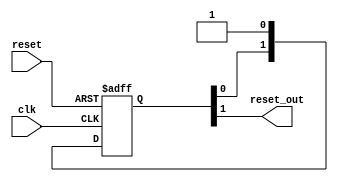
//--=================================================================================================
//-- File Name                           : axi_lbus_corefifo_resetSync.v

//-- Targeted device                     : Microsemi-SoC
//-- Author                              : India Solutions Team
//--
//-- COPYRIGHT 2019 BY MICROSEMI
//-- THE INFORMATION CONTAINED IN THIS DOCUMENT IS SUBJECT TO LICENSING RESTRICTIONS FROM MICROSEMI
//-- CORP. IF YOU ARE NOT IN POSSESSION OF WRITTEN AUTHORIZATION FROM MICROSEMI FOR USE OF THIS
//-- FILE, THEN THE FILE SHOULD BE IMMEDIATELY DESTROYED AND NO BACK-UP OF THE FILE SHOULD BE MADE.
//--
//--=================================================================================================

`timescale 1ns / 100ps

module ddr_rw_arbiter_C0_ddr_rw_arbiter_C0_0_corefifo_resetSync(
                  clk,
                  reset,
                  
                  reset_out
                  );

   // --------------------------------------------------------------------------
   // PARAMETER Declaration
   // --------------------------------------------------------------------------
 parameter NUM_STAGES = 2;
 

input clk;
input reset;
output  reset_out;
reg  [NUM_STAGES-1:0] shift_reg ;

always @( posedge clk or negedge reset) begin
if (!reset)
  shift_reg <= 'h0;
else
  shift_reg <= {shift_reg[NUM_STAGES-2:0], 1'b1};
end
  

assign reset_out = shift_reg[NUM_STAGES-1];



 endmodule
   
   // --------------------------------------------------------------------------
   //                             End - of - Code
   // --------------------------------------------------------------------------